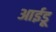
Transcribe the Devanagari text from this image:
आईडू